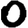
Digit: 0